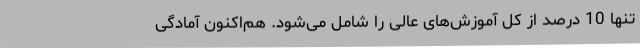
تنها 10 درصد از کل آموزش‌های عالی را شامل می‌شود. هم‌اکنون آمادگی